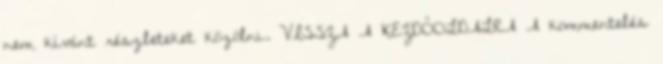
nem kívánt részleteket közölni. VISSZA A KEZDŐOLDALRA A kommentelés